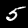
Label: 5